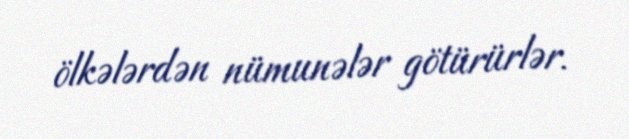
ölkələrdən nümunələr götürürlər.